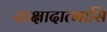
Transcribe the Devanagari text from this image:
साक्षादात्मासि